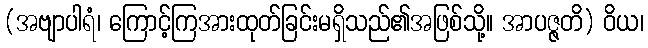
(အဗျာပါရံ၊ ကြောင့်ကြအားထုတ်ခြင်းမရှိသည်၏အဖြစ်သို့။ အာပဇ္ဇတိ) ဝိယ၊